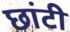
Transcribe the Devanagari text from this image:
छांटी